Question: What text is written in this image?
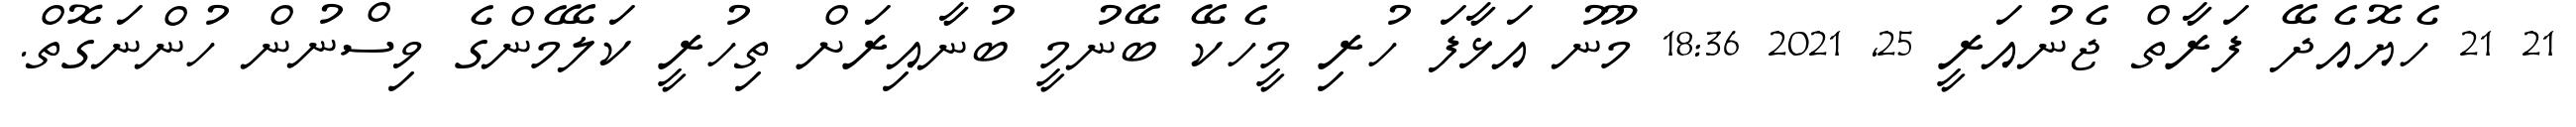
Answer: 21 21 ހެޔޮއެދޭ ފަރާތް ޖެނުއަރީ 25, 2021 18:36 މޫނު އަޅާފަ ހުރި މީހެކޭ ބޭނުމީ ބުނާއިރަށް ތިހުރީ ކަލޭމެންގެ ވިސްނުން ހުންނަގޮތް.